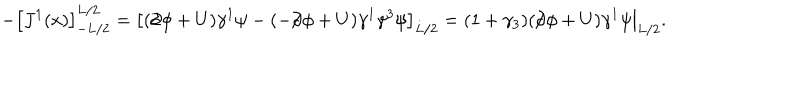
LaTeX: - \left[ J ^ { 1 } ( x ) \right] _ { - L / 2 } ^ { L / 2 } = \left[ ( / \hspace { - 0 . 5 e m } \partial \phi + U ) \gamma ^ { 1 } \psi - ( - / \hspace { - 0 . 5 e m } \partial \phi + U ) \gamma ^ { 1 } \gamma ^ { 3 } \psi \right] _ { L / 2 } = \left. ( 1 + \gamma _ { 3 } ) ( / \hspace { - 0 . 5 e m } \partial \phi + U ) \gamma ^ { 1 } \psi \right| _ { L / 2 } .